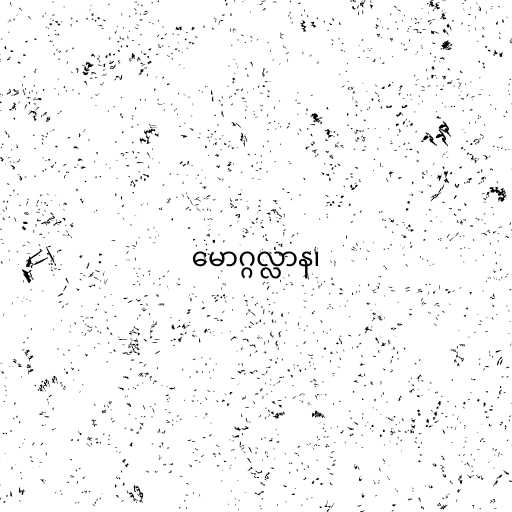
မောဂ္ဂလ္လာန၊